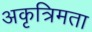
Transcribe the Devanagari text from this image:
अकृत्रिमता